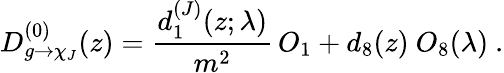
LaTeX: D_{g\rightarrow\chi_{J}}^{(0)}(z)=\frac{d_{1}^{(J)}(z;\lambda)}{m^{2}}\, O_{1}+d_{8}(z)\ O_{8}(\lambda)\ .